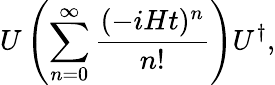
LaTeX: U\left(\sum_{n=0}^{\infty}\frac{(-iHt)^{n}}{n!}\right)U^{\dagger},